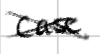
Text: case
Cross-out: cross
Writing tool: digital_black